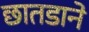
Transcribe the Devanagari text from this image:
छातडाने